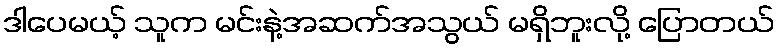
ဒါပေမယ့် သူက မင်းနဲ့အဆက်အသွယ် မရှိဘူးလို့ ပြောတယ်